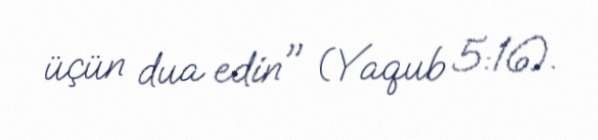
üçün dua edin" (Yaqub 5:16).